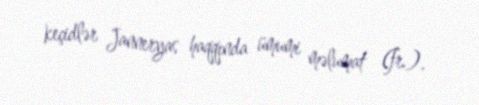
keçidlər Janneryas haqqında ümumi məlumat (fr.).